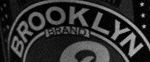
BROOKLYN